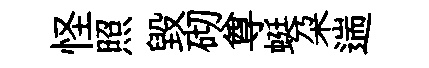
怪照毁砌尊蜓朶遄